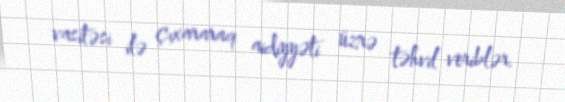
vasitəsi ilə çıxararaq aidiyyəti üzrə təhvil veriblər.